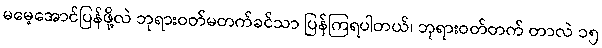
မမေ့အောင်ပြန်ဖို့လဲ ဘုရားဝတ်မတက်ခင်သာ ပြန်ကြရပါတယ်၊ ဘုရားဝတ်တက် တာလဲ ၁၅